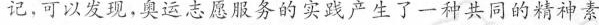
记可以发现，奥运志愿服务的实践产生了一种共同的精神素